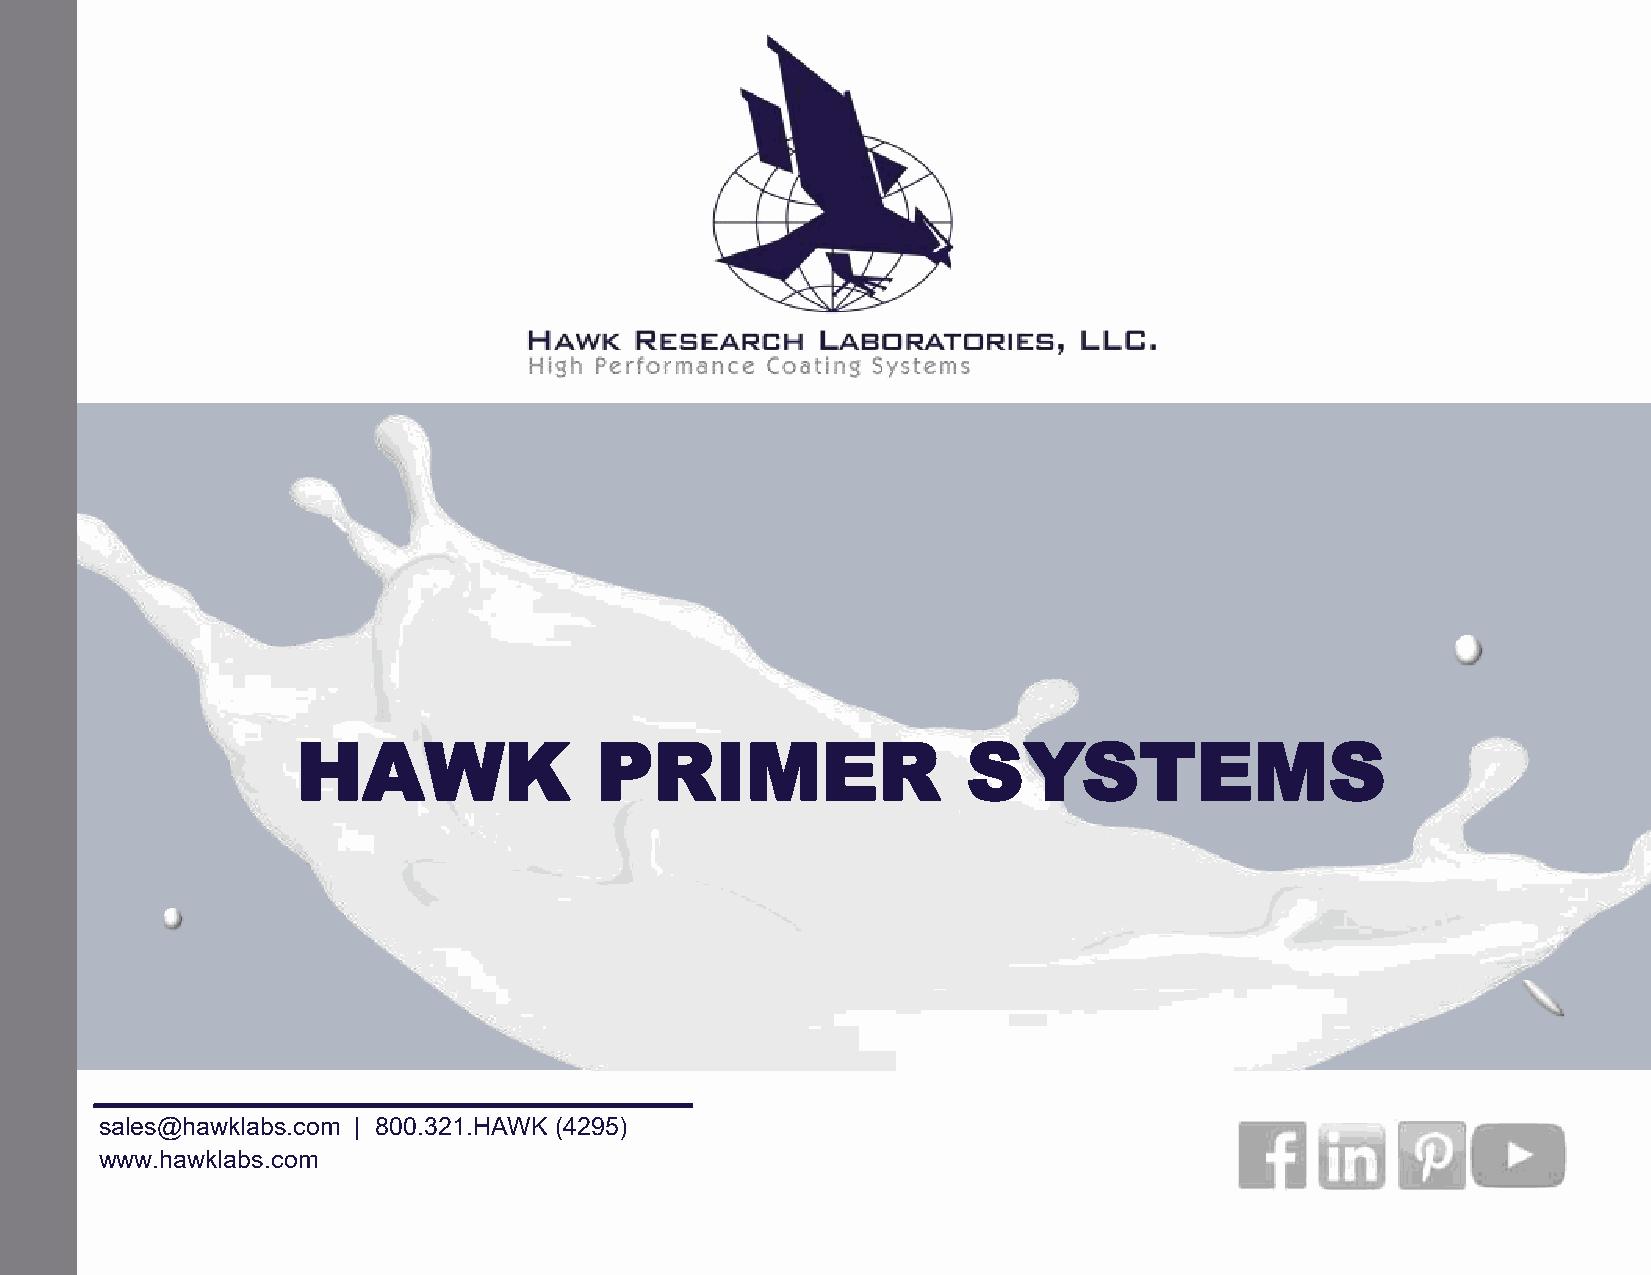
HAWK               PRIMER                   SYSTEMS
 sales@hawklabs.com | 800.321.HAWK (4295)
 www.hawklabs.com
 1